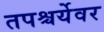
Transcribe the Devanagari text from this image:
तपश्चर्येवर